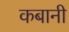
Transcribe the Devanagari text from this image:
कबानी